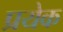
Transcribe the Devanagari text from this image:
प्रयेक